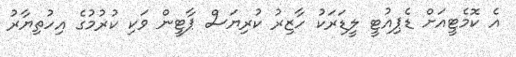
އެ ކޮމެޓީއަށް ޑެޕިއުޓީ ލީޑަރަކު ހާޒިރު ކުރިޔަސް ޕާޓީން ވަކި ކުރުމުގެ އިހުތިޔާރު